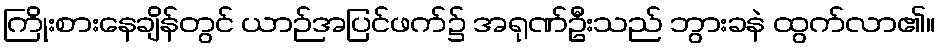
ကြိုးစားနေချိန်တွင် ယာဉ်အပြင်ဖက်၌ အရုဏ်ဦးသည် ဘွားခနဲ ထွက်လာ၏။